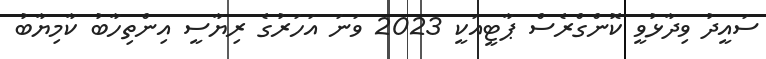
ސައީދު ވިދާޅުވީ ކޮންގްރެސް ޕާޓީއަކީ 2023 ވަނަ އަހަރުގެ ރިޔާސީ އިންތިހާބު ކާމިޔާބު